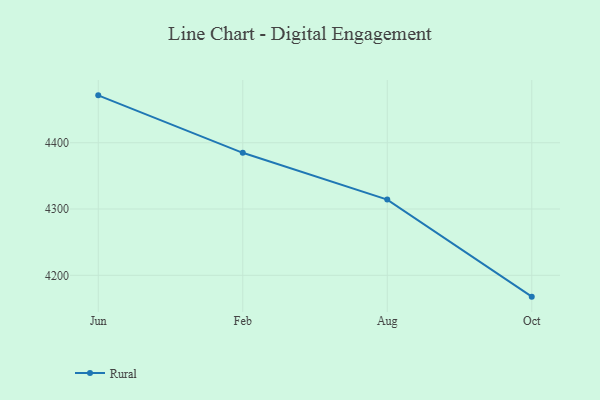
{"axis": {"x": "Month", "y": "Inventory Turnover"}, "legend": ["Rural"], "data": [{"x": "Jun", "y": 4471.5, "type": "Rural"}, {"x": "Feb", "y": 4384.8, "type": "Rural"}, {"x": "Aug", "y": 4314.2, "type": "Rural"}, {"x": "Oct", "y": 4167.8, "type": "Rural"}]}